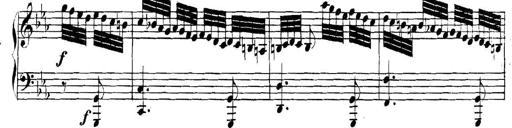
Title: Collected Piano Sonatas
Composer: Muzio Clementi